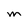
Character: M